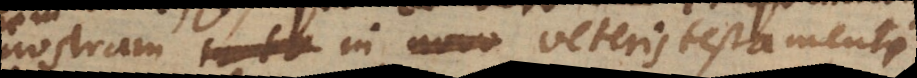
nostram in veteris testamenti